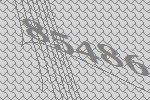
85486